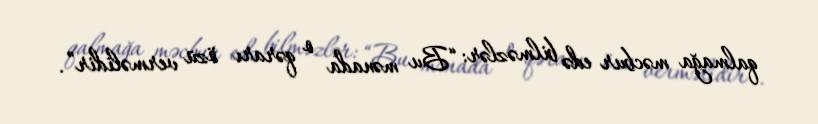
qalmağa məcbur edə bilməzlər: “Bu mənada o qərarı özü verməlidir”.